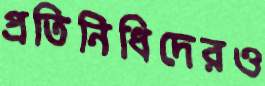
প্রতিনিধিদেরও